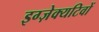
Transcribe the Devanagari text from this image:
इग्ज़ेक्यटिवों